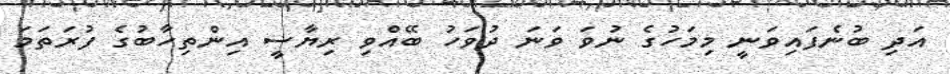
އަދި ބުނެފައިވަނީ މިމަހުގެ ނުވަ ވަނަ ދުވަހު ބޭއްވި ރިޔާސީ އިންތިހާބުގެ ފުރަތަމަ